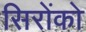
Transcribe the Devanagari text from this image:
सिरोंको